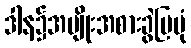
ဒါန၌အမျိုးအစားခွဲပြပုံ